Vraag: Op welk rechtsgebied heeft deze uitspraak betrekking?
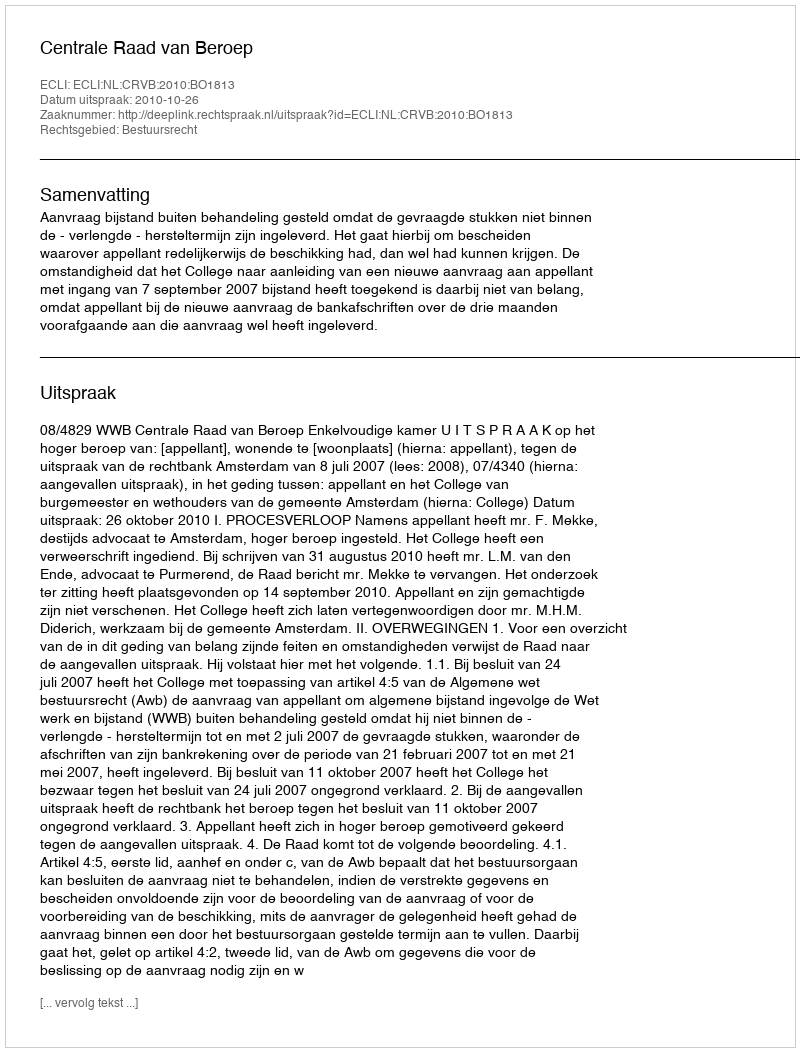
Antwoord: Bestuursrecht